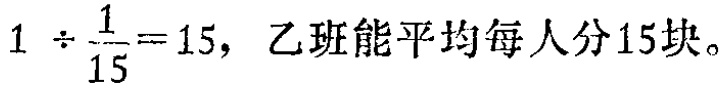
$1 \div \frac{1}{15}=15$，乙班能平均每人分15块。